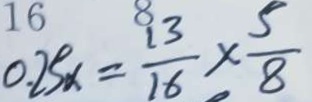
0 . 2 5 x = \frac { 1 3 } { 1 6 } \times \frac { 5 } { 8 }